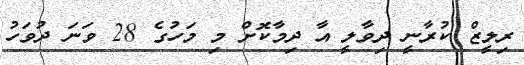
ރިލީޒް ކުރާނީ ދިވާލީ އާ ދިމާކޮށް މި މަހުގެ 28 ވަނަ ދުވަހު